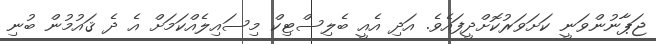
ޖަޕާނުންވަނީ ކަށަވަރުކޮށްދީފައެވެ. އަދި އެއީ ބެލިސްޓިކް މިސައިލެއްކަމަށް އެ ދެ ޤައުމުން ބުނި